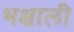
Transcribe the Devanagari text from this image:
भक्षाली